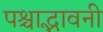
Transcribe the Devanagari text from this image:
पश्चाद्भावनी